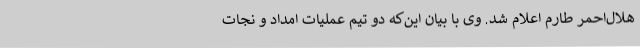
هلال‌احمر طارم اعلام شد. وی با بیان این‌که دو تیم عملیات امداد و نجات